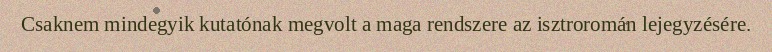
Csaknem mindegyik kutatónak megvolt a maga rendszere az isztroromán lejegyzésére.